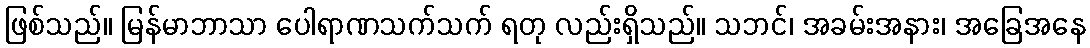
ဖြစ်သည်။ မြန်မာဘာသာ ပေါရာဏသက်သက် ရတု လည်းရှိသည်။ သဘင်၊ အခမ်းအနား၊ အခြေအနေ